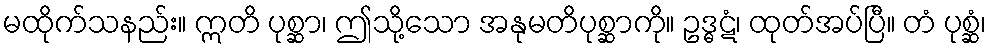
မထိုက်သနည်း။ ဣတိ ပုစ္ဆာ၊ ဤသို့သော အနုမတိပုစ္ဆာကို။ ဥဒ္ဓဋံ၊ ထုတ်အပ်ပြီ။ တံ ပုစ္ဆံ၊